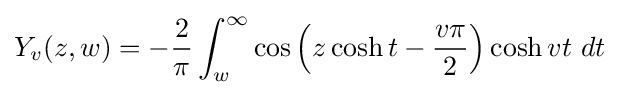
Y_{v}(z,w)=-{\dfrac {2}{\pi }}\int _{w}^{\infty }\cos \left(z\cosh t-{\dfrac {v\pi }{2}}\right)\cosh vt~dt